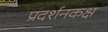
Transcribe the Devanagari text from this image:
प्रदर्शनकक्ष